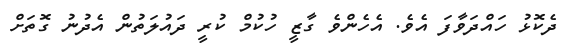
ދެކޮޅު ހައްދަވާފަ އެވެ. އެހެންވެ ގާޒީ ހުކުމް ކުރީ ދައުލަތުން އެދުނު ގޮތަށް